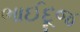
ભાઈદૂજ